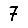
Digit: 7